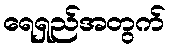
ရေရှည်အတွက်